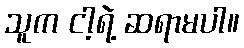
သူက ငါ့ရဲ့ ဆရာမပါ။